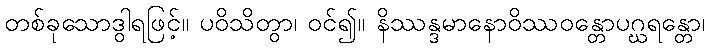
တစ်ခုသောဒွါရဖြင့်။ ပဝိသိတွာ၊ ဝင်၍။ နိဿန္ဒမာနောဝိဿဝန္တောပဂ္ဃရန္တော၊